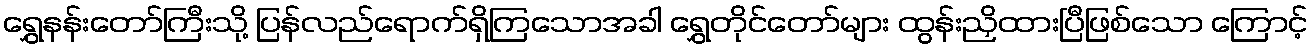
ရွှေနန်းတော်ကြီးသို့ ပြန်လည်ရောက်ရှိကြသောအခါ ရွှေတိုင်တော်များ ထွန်းညှိထားပြီဖြစ်သော ကြောင့်